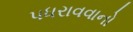
પધરાવવાનો